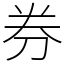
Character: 券